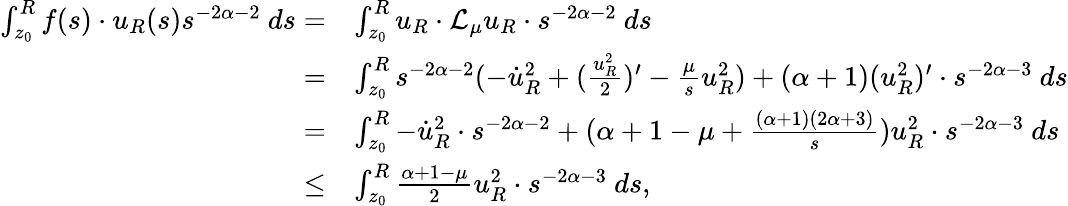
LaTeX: \begin{array}{rl}{\int_{z_{0}}^{R}f(s)\cdot u_{R}(s)s^{-2\alpha-2}\ ds=}&{\int_{z_{0}}^{R}u_{R}\cdot\mathcal{L}_{\mu}u_{R}\cdot s^{-2\alpha-2}\ ds}\\ {=}&{\int_{z_{0}}^{R}s^{-2\alpha-2}(-\dot{u}_{R}^{2}+(\frac{u_{R}^{2}}{2})^{\prime}-\frac{\mu}{s}u_{R}^{2})+(\alpha+1)(u_{R}^{2})^{\prime}\cdot s^{-2\alpha-3}\ ds}\\ {=}&{\int_{z_{0}}^{R}-\dot{u}_{R}^{2}\cdot s^{-2\alpha-2}+(\alpha+1-\mu+\frac{(\alpha+1)(2\alpha+3)}{s})u_{R}^{2}\cdot s^{-2\alpha-3}\ ds}\\ {\leq}&{\int_{z_{0}}^{R}\frac{\alpha+1-\mu}{2}u_{R}^{2}\cdot s^{-2\alpha-3}\ ds,}\end{array}